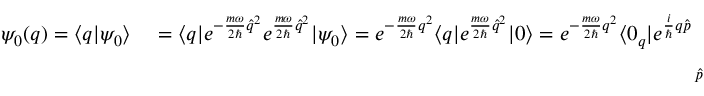
\begin{array} { r l } { \psi _ { 0 } ( q ) = \langle q | \psi _ { 0 } \rangle } & { { } = \langle q | e ^ { - \frac { m \omega } { 2 \hbar } \hat { q } ^ { 2 } } e ^ { \frac { m \omega } { 2 \hbar } \hat { q } ^ { 2 } } | \psi _ { 0 } \rangle = e ^ { - \frac { m \omega } { 2 \hbar } q ^ { 2 } } \langle q | e ^ { \frac { m \omega } { 2 \hbar } \hat { q } ^ { 2 } } | 0 \rangle = e ^ { - \frac { m \omega } { 2 \hbar } q ^ { 2 } } \langle 0 _ { q } | e ^ { \frac { i } { \hbar } q \hat { p } } \underbrace { e ^ { \frac { m \omega } { 2 \hbar } \hat { q } ^ { 2 } } | \psi _ { 0 } \rangle } _ { \hat { p } ~ \mathrm { ~ a ~ n ~ n ~ i ~ h ~ i ~ l ~ a ~ t ~ e ~ s ~ t ~ h ~ i ~ s ~ s ~ t ~ a ~ t ~ e ~ } } } \end{array}